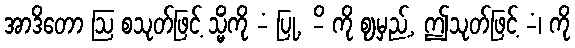
အာဒိတော ဩ စသုတ်ဖြင့် သ္မိံကို -ံ ပြု, -ိ ကို ဈမှည့်, ဤသုတ်ဖြင့် -ံ၊ ကို